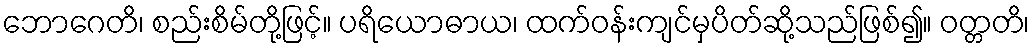
ဘောဂေတိ၊ စည်းစိမ်တို့ဖြင့်။ ပရိယောဓာယ၊ ထက်ဝန်းကျင်မှပိတ်ဆို့သည်ဖြစ်၍။ ဝတ္တတိ၊